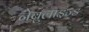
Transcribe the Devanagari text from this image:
नेबुलाइज्ड